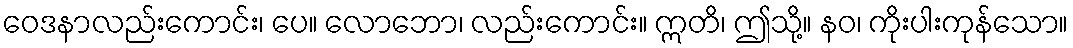
ဝေဒနာလည်းကောင်း၊ ပေ။ လောဘော၊ လည်းကောင်း။ ဣတိ၊ ဤသို့။ နဝ၊ ကိုးပါးကုန်သော။